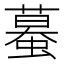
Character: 蟇